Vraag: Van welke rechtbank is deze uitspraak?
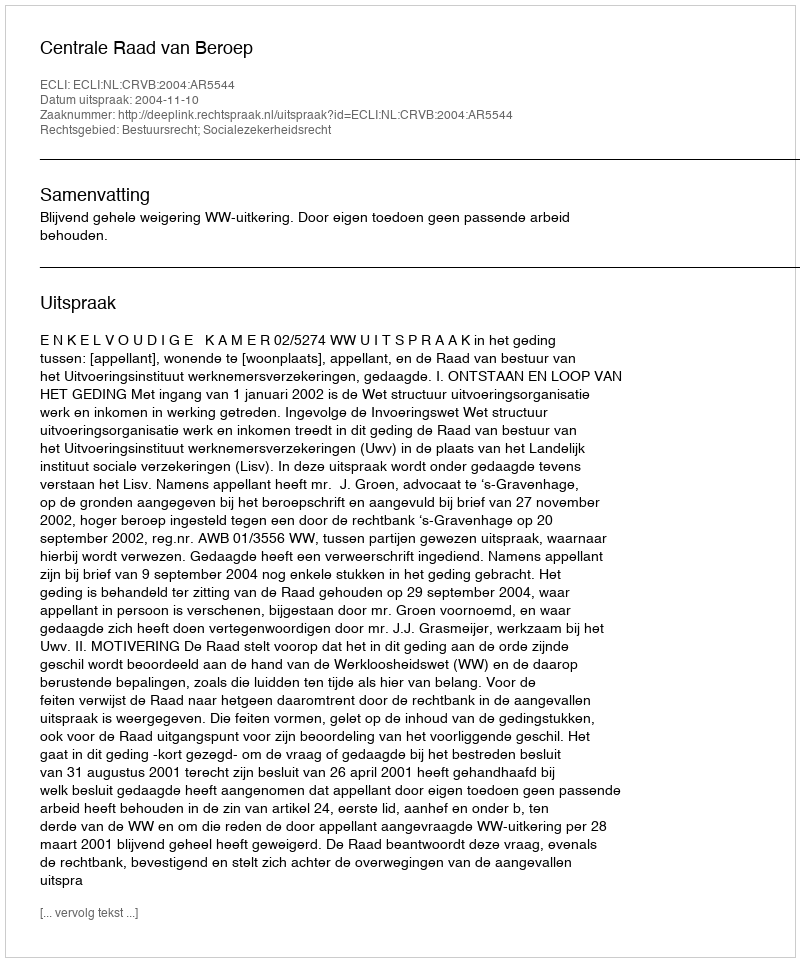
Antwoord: Centrale Raad van Beroep